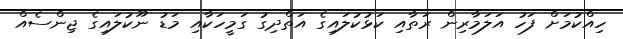
ހިއްކުމަށް ފަހު އަލަމާރިން ރަތާއި ކަޅުކުލައިގެ އަތްދިގު ގަމީހަކާއި މަޑު ނޫކުލައިގެ ޖިންސެއް